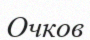
Очков